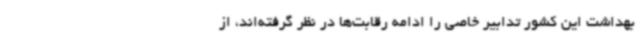
بهداشت این کشور تدابیر خاصی را ادامه رقابت‌ها در نظر گرفته‌اند، از